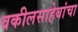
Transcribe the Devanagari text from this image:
वकीलसाहेबांचा